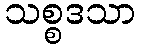
သစ္စဒသာ